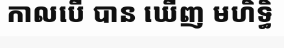
កាលបើ បាន ឃើញ មហិទ្ធិ